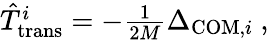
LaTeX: \begin{array}{r}{\hat{T}_{\mathrm{trans}}^{i}=-\frac{1}{2M}\Delta_{\mathrm{COM},i}~,}\end{array}